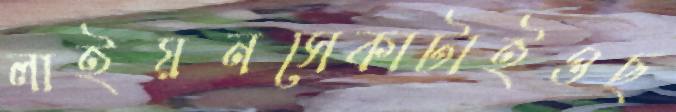
লাইয়নসেকাটাইওছ